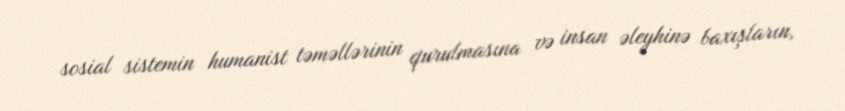
sosial sistemin humanist təməllərinin qurulmasına və insan əleyhinə baxışların,